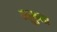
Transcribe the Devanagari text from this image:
न्यूकुला